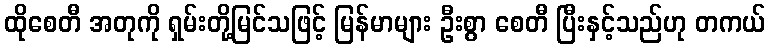
ထိုစေတီ အတုကို ရှမ်းတို့မြင်သဖြင့် မြန်မာများ ဦးစွာ စေတီ ပြီးနှင့်သည်ဟု တကယ်